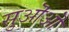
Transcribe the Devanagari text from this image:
सुऒऒ